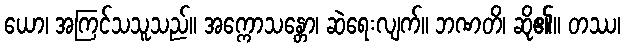
ယော၊ အကြင်သသူသည်။ အက္ကောသန္တော၊ ဆဲရေးလျက်။ ဘဏတိ၊ ဆို၏။ တဿ၊